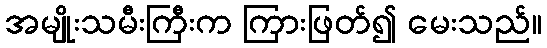
အမျိုးသမီးကြီးက ကြားဖြတ်၍ မေးသည်။